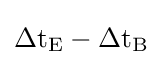
{\rm {\Delta t_{E}-\Delta t_{B}}}